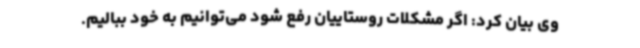
وی بیان کرد: اگر مشکلات روستاییان رفع شود می‌توانیم به خود ببالیم.